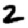
Digit: 2